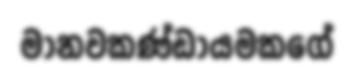
මානවකණ්ඩායමකගේ